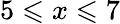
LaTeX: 5\leqslant x\leqslant 7